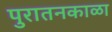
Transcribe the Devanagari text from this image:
पुरातनकाळा